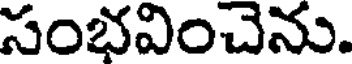
సంభవించెను.